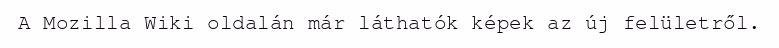
A Mozilla Wiki oldalán már láthatók képek az új felületről.